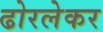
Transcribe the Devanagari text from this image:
ढोरलेकर